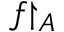
f { \upharpoonright _ { A } }